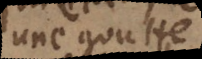
une goutte